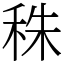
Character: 秼